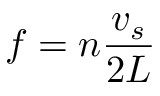
f = n \frac { v _ { s } } { 2 L }